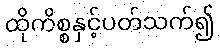
ထိုကိစ္စနှင့်ပတ်သက်၍